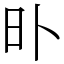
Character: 𣅃